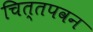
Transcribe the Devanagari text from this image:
चित्तपवन